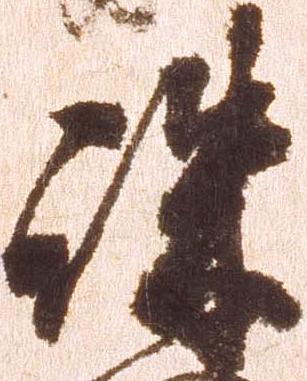
誅